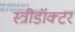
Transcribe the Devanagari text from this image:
स्त्रीडॉक्टर